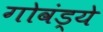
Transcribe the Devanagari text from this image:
गोवंड्ये